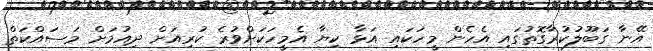
އޭނާ ގަބޫލުކުރާގޮތުގައި އެހެން މީހަކައި އަޅާ ކިޔާ އެމީހަކަށްވުރެ ކުރިއަށް ދިއުމަށް މަސައްކަތް